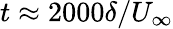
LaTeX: t\approx 2000\delta/U_{\infty}